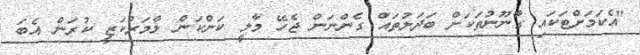
"އެކަމަށްޓަކައި ގާނޫނުތަކަށް ބަދަލުތައް ގެންނަން ޖެހޭ މާލީ ކަންކަން ލާމަރުކަޒީ ކުރަން އެބަ